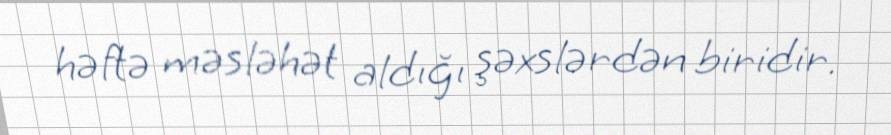
həftə məsləhət aldığı şəxslərdən biridir.